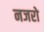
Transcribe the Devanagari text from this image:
नजरो